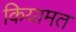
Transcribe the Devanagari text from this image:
कियामत